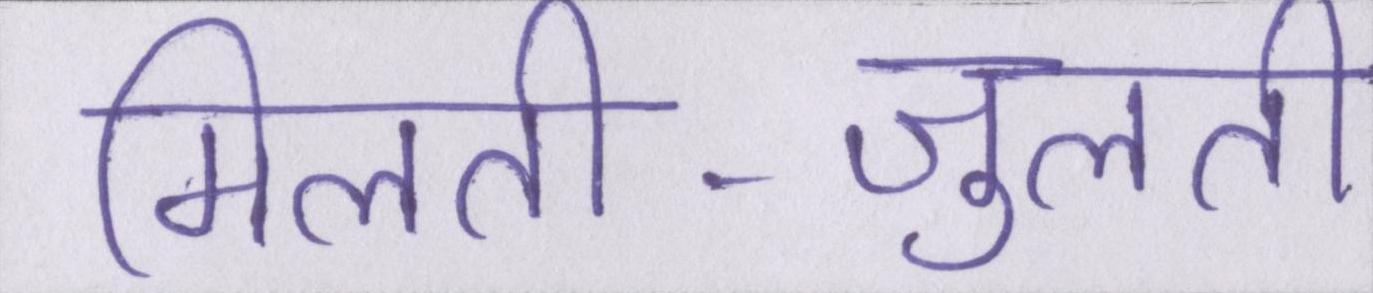
मिलती-जुलती